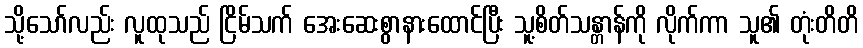
သို့သော်လည်း လူထုသည် ငြိမ်သက် အေးဆေးစွာနားထောင်ပြီး သူ့စိတ်သန္တာန်ကို လိုက်ကာ သူ၏ တုံးတိတိ